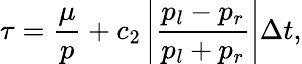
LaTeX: \tau=\frac{\mu}{p}+{{c}_{2}}\left|\frac{{{p}_{l}}-{{p}_{r}}}{{{p}_{l}}+{{p}_{r}}}\right|\Delta t,